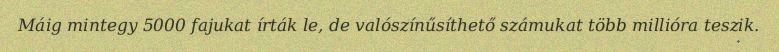
Máig mintegy 5000 fajukat írták le, de valószínűsíthető számukat több millióra teszik.